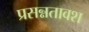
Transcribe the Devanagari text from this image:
प्रसन्नतावश